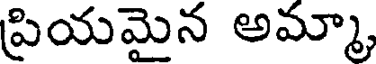
ప్రియమైన అమ్మా,